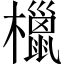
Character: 㯿